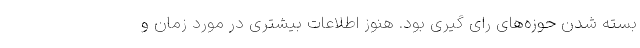
بسته شدن حوزه‌های رای گیری بود. هنوز اطلاعات بیشتری در مورد زمان و